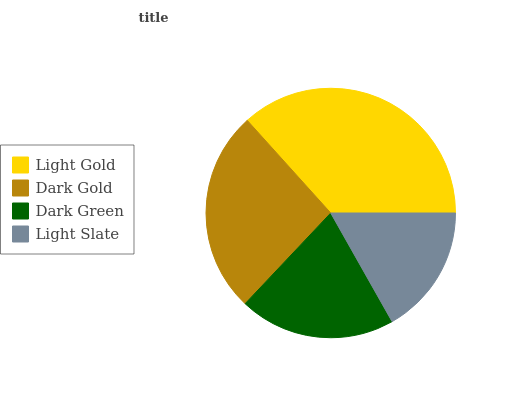
| Light Gold | Dark Gold | Dark Green | Light Slate |
 | --- | --- | --- | --- |
 | 36.6% | 26.3% | 20.2% | 16.9% |